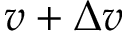
v + \Delta v